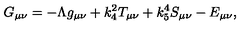
G _ { \mu \nu } = - \Lambda g _ { \mu \nu } + k _ { 4 } ^ { 2 } T _ { \mu \nu } + k _ { 5 } ^ { 4 } S _ { \mu \nu } - E _ { \mu \nu } ,